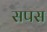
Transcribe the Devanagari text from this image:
सपस